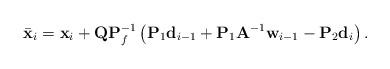
LaTeX: \begin{align*} \bar{\mathbf{x}}_i= {\mathbf{x}}_i+ \mathbf{Q}\mathbf{P}^{-1}_f \left( \mathbf{P}_1{\mathbf{d}}_{i-1}+\mathbf{P}_1\mathbf{A}^{-1}\mathbf{w}_{i-1}-\mathbf{P}_2\mathbf{d}_i \right).\end{align*}